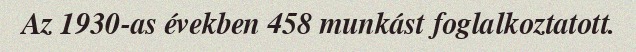
Az 1930-as években 458 munkást foglalkoztatott.